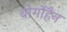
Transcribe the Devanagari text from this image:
बोर्गोहैन